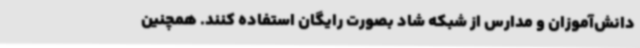
دانش‌آموزان و مدارس از شبکه شاد بصورت رایگان استفاده کنند. همچنین